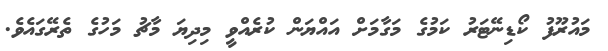
މައުރޫފު ކޯޑިނޭޓަރު ކަމުގެ މަގާމަށް އައްޔަން ކުރެއްވީ މިިދިޔަ މާޗު މަހުގެ ތެރޭގައެވެ.